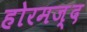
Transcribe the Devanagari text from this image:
होरमज़्द